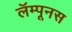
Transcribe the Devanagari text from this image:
लॅम्पूनस